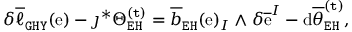
\begin{array} { r l } & { \delta \overline { { \ell } } _ { \mathtt { G H Y } } ( \mathrm { e } ) - \jmath ^ { * } \Theta _ { \mathtt { E H } } ^ { \mathtt { ( t ) } } = \overline { { b } } _ { \mathtt { E H } } ( \mathrm { e } ) _ { I } \wedge \delta \overline { { \mathrm { e } } } ^ { I } - \mathrm { d } \overline { { \theta } } _ { \mathtt { E H } } ^ { \mathtt { ( t ) } } , } \end{array}